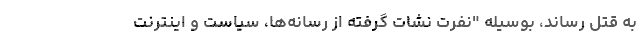
به قتل رساند، بوسیله "نفرت نشات گرفته از رسانه‌ها، سیاست و اینترنت